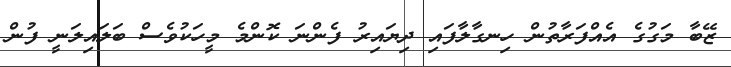
ޒޭބާ މަގުގެ އެއްފަރާތުން ހިނގާލާފައި ދިޔައިރު ފެންނަ ކޮންމެ މީހަކުވެސް ބަލައިލަނީ ފުން